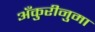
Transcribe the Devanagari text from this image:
अँकुरीनुमा